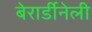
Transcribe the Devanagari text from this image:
बेरार्डीनेली